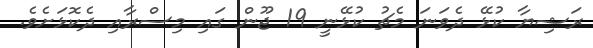
ރަޝިޔާ ކުޅޭ ދެވަނަ މެޗު ކުޅޭނީ 19 ޖޫން ގައި މިސްރާއި ދެކޮޅަށެވެ.